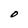
Character: O